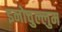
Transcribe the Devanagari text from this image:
इनोचुल्लुम